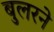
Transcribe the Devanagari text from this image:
बुलरने